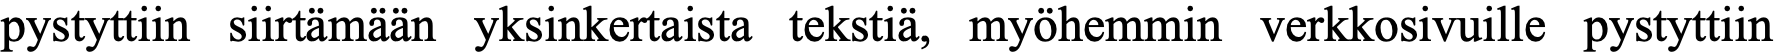
pystyttiin siirtämään yksinkertaista tekstiä, myöhemmin verkkosivuille pystyttiin